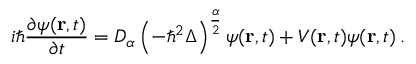
i \hbar { \frac { \partial \psi ( \mathbf { r } , t ) } { \partial t } } = D _ { \alpha } \left( - \hbar ^ { 2 } \Delta \right) ^ { \frac { \alpha } { 2 } } \psi ( \mathbf { r } , t ) + V ( \mathbf { r } , t ) \psi ( \mathbf { r } , t ) \, .